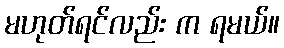
မဟုတ်ရင်လည်း က ရမယ်။